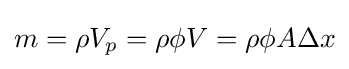
m=\rho V_{p}=\rho \phi V=\rho \phi A\Delta x